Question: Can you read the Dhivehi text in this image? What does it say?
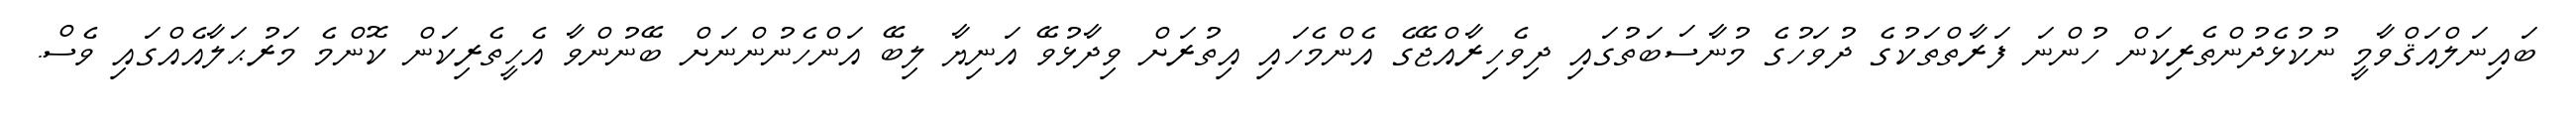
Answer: ބައިނަލްއަޤްވާމީ ނުކުޅެދުންތެރިކަން ހުންނަ ފަރާތްތަކުގެ ދުވަހުގެ މުނާސަބަތުގައި ދިވެހިރާއްޖޭގެ އެންމެހައި އިތުރަށް ވިދާޅުވޭ އަނިޔާ ލިބޭ އަންހެނުންނަށް ބޭނުންވާ އެހީތެރިކަން ކޮންމެ މަރުޙަލާއެއްގައި ވެސް.